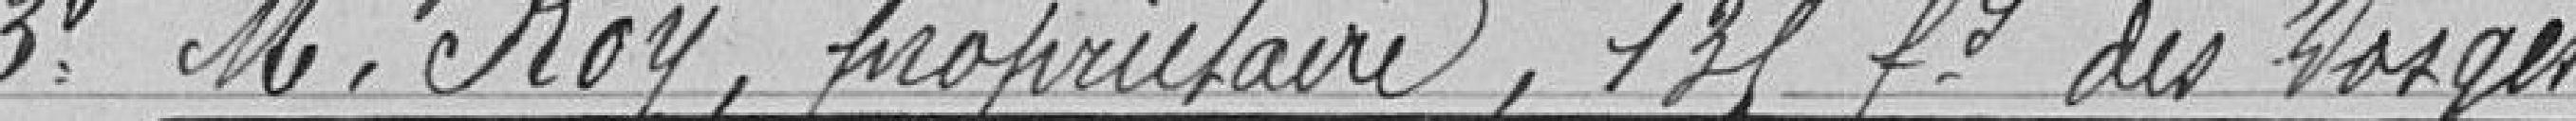
3) Monsieur Roy, propriétaire, 135 faubourg des Vosges